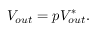
V _ { o u t } = p V _ { o u t } ^ { * } .